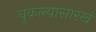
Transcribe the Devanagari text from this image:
चुकल्यासारखं